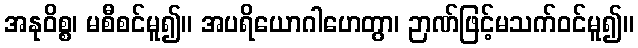
အနုဝိစ္စ၊ မစီစင်မူ၍။ အပရိယောဂါဟေတွာ၊ ဉာဏ်ဖြင့်မသက်ဝင်မူ၍။